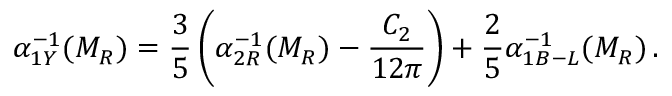
\alpha _ { 1 Y } ^ { - 1 } ( M _ { R } ) = { \frac { 3 } { 5 } } \left( \alpha _ { 2 R } ^ { - 1 } ( M _ { R } ) - { \frac { C _ { 2 } } { 1 2 \pi } } \right) + { \frac { 2 } { 5 } } \alpha _ { 1 B - L } ^ { - 1 } ( M _ { R } ) \, .